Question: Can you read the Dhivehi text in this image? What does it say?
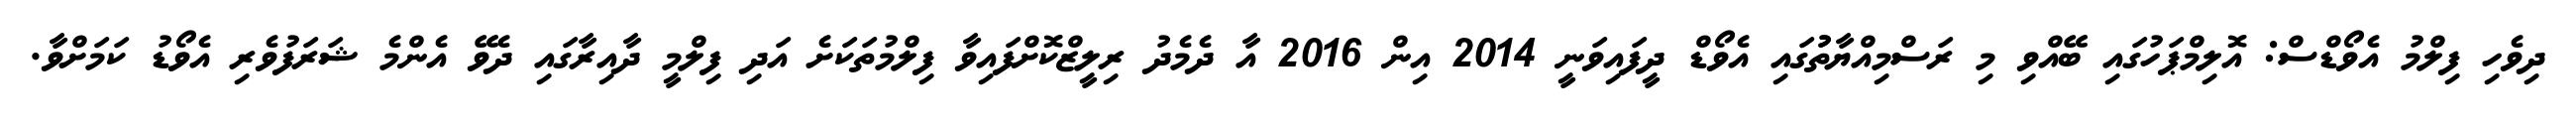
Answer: ދިވެހި ފިލްމު އެވޯޑްސް: އޮލިމްޕަހުގައި ބޭއްވި މި ރަސްމިއްޔާތުުގައި އެވޯޑް ދީފައިވަނީ 2014 އިން 2016 އާ ދެމެދު ރިލީޒްކޮށްފައިވާ ފިލްމުތަކަށެ އަދި ފިލްމީ ދާއިރާގައި ދެވޭ އެންމެ ޝަރަފުވެރި އެވޯޑު ކަމަށްވާ.